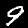
Digit: 9